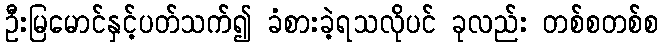
ဦးမြမောင်နှင့်ပတ်သက်၍ ခံစားခဲ့ရသလိုပင် ခုလည်း တစ်စတစ်စ